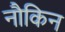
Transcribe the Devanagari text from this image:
नौकिन